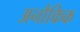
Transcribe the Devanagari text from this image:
अनौकिक